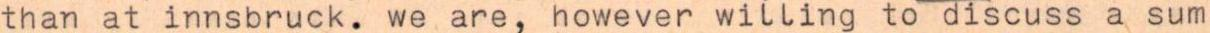
than at innsbruck. we.are, however willing to discuss a sum